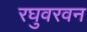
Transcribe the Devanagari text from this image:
रघुवरवन